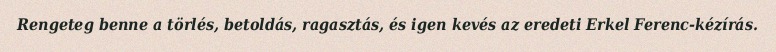
Rengeteg benne a törlés, betoldás, ragasztás, és igen kevés az eredeti Erkel Ferenc-kézírás.